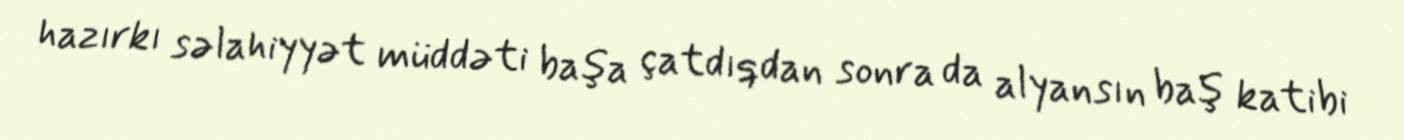
hazırkı səlahiyyət müddəti başa çatdıqdan sonra da alyansın baş katibi